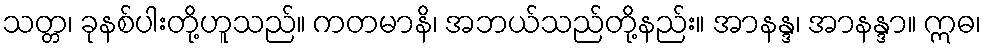
သတ္တ၊ ခုနစ်ပါးတို့ဟူသည်။ ကတမာနိ၊ အဘယ်သည်တို့နည်း။ အာနန္ဒ၊ အာနန္ဒာ။ ဣဓ၊